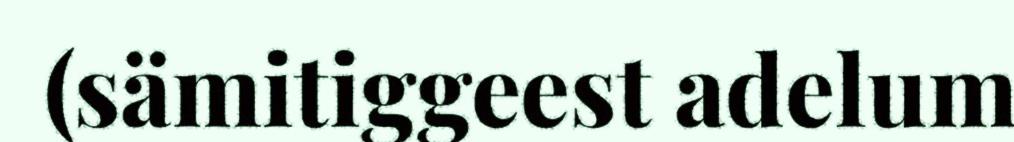
(sämitiggeest adelum